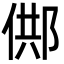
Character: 䣏